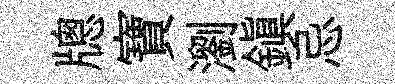
牕寶瀏鎮忌